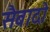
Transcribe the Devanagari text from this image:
सैबादो